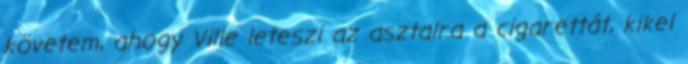
követem, ahogy Ville leteszi az asztalra a cigarettát, kikel